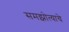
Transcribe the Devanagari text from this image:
समझोत्याचे